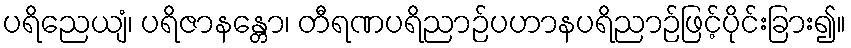
ပရိညေယျံ၊ ပရိဇာနန္တော၊ တီရဏပရိညာဉ်ပဟာနပရိညာဉ်ဖြင့်ပိုင်းခြား၍။